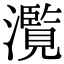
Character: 𤂺